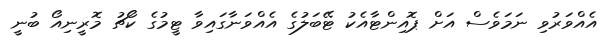
އެއްވަރުވި ނަމަވެސް އަށް ޕޮއިންޓާއެކު ޓޭބަލުގެ އެއްވަނާގައިވާ ޓީމުގެ ކޯޗު މޮރީނިއޯ ބުނީ